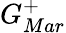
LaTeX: G_{Mar}^{+}